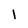
Character: I